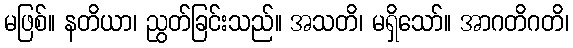
မဖြစ်။ နတိယာ၊ ညွတ်ခြင်းသည်။ အသတိ၊ မရှိသော်။ အာဂတိဂတိ၊